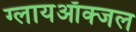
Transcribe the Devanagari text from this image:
ग्लायऑक्जल